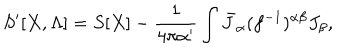
LaTeX: S ^ { \prime } [ X , \Lambda ] = S [ X ] - { \frac { 1 } { 4 \pi \alpha ^ { \prime } } } \int \bar { J } _ { \alpha } ( f ^ { - 1 } ) ^ { \alpha \beta } J _ { \beta } ,